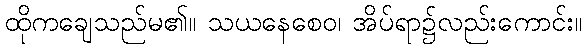
ထိုကချေသည်မ၏။ သယနေစေဝ၊ အိပ်ရာ၌လည်းကောင်း။